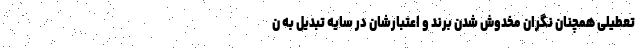
تعطیلی همچنان نگران مخدوش شدن برند و اعتبارشان در سایه تبدیل به ن